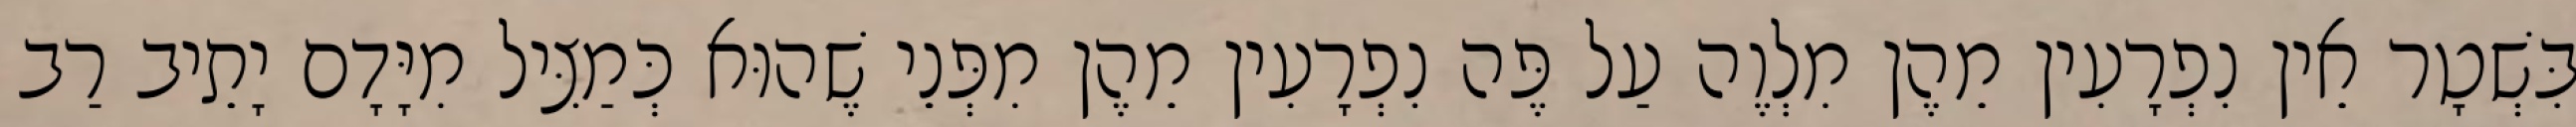
בִּשְׁטָר אֵין נִפְרָעִין מֵהֶן מִלְוֶה עַל פֶּה נִפְרָעִין מֵהֶן מִפְּנֵי שֶׁהוּא כְּמַצִּיל מִיָּדָם יָתֵיב רַב